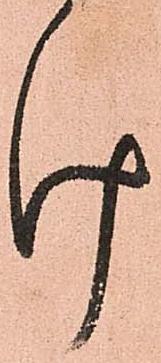
け